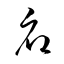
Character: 府